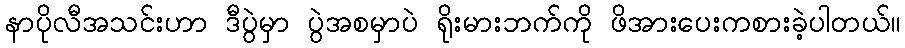
နာပိုလီအသင်းဟာ ဒီပွဲမှာ ပွဲအစမှာပဲ ရိုးမားဘက်ကို ဖိအားပေးကစားခဲ့ပါတယ်။